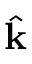
\hat { \mathbf { k } }